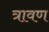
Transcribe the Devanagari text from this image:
त्रावण